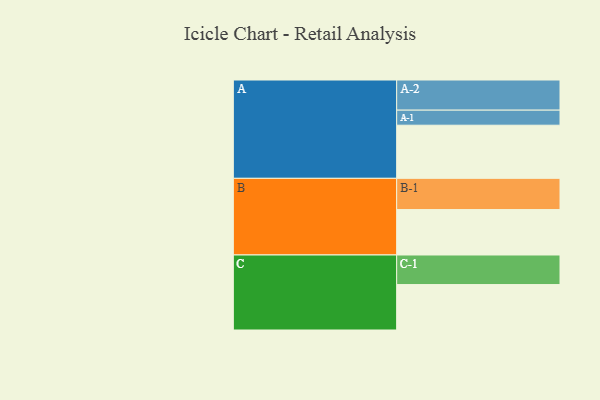
{"axis": {"x": "Segment", "y": "Value"}, "legend": ["", "A", "B", "C"], "data": [{"x": "A", "y": 483, "type": ""}, {"x": "B", "y": 413, "type": ""}, {"x": "C", "y": 413, "type": ""}, {"x": "A-1", "y": 137, "type": "A"}, {"x": "A-2", "y": 274, "type": "A"}, {"x": "B-1", "y": 284, "type": "B"}, {"x": "C-1", "y": 269, "type": "C"}]}